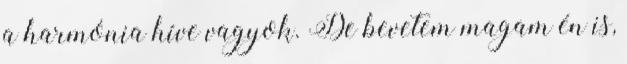
a harmónia híve vagyok. De bevetem magam én is,